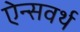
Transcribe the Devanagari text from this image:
ऐन्सवर्थ